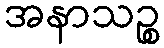
အနာသဉ္စ